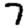
Digit: 7